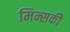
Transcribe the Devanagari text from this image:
मिन्सकी